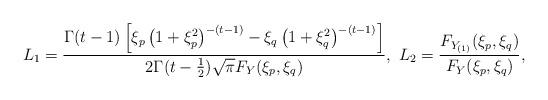
LaTeX: \begin{align*} L_{1}=\frac{\Gamma(t-1)\left[\xi_{p}\left(1+\xi_{p}^{2}\right)^{-(t-1)}-\xi_{q}\left(1+\xi_{q}^{2}\right)^{-(t-1)}\right]}{2\Gamma(t-\frac{1}{2})\sqrt{\pi}F_{Y}(\xi_{p},\xi_{q})},~ L_{2}&=\frac{F_{Y_{(1)}}(\xi_{p},\xi_{q})}{F_{Y}(\xi_{p},\xi_{q})},\end{align*}